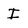
Character: I